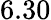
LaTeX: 6.30